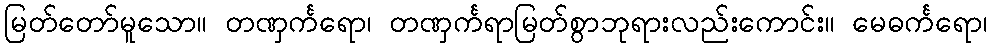
မြတ်တော်မူသော။ တဏှင်္ကရော၊ တဏှင်္ကရာမြတ်စွာဘုရားလည်းကောင်း။ မေဓင်္ကရော၊